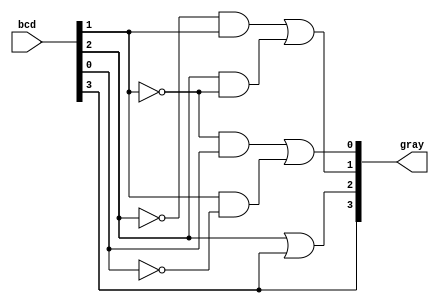
module bcd_to_gray_df(gray, bcd);
output [3:0] gray;
input [3:0] bcd;

assign gray[3] = bcd[3];
assign gray[2] = bcd[2] | bcd[3];
assign gray[1] = (~bcd[2] & bcd[1]) | (bcd[2] & ~bcd[1]);
assign gray[0] = (~bcd[1] & bcd[0]) | (bcd[1] & ~bcd[0]);

endmodule